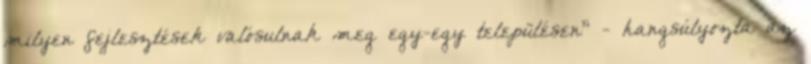
milyen fejlesztések valósulnak meg egy-egy településen" - hangsúlyozta az